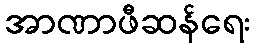
အာဏာဖီဆန်ရေး